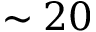
\sim 2 0